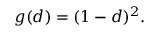
\begin{array} { r } { g ( d ) = ( 1 - d ) ^ { 2 } . } \end{array}